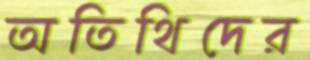
অতিথিদের